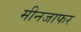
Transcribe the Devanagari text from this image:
मीनजाफर